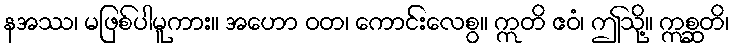
နအဿ၊ မဖြစ်ပါမူကား။ အဟော ဝတ၊ ကောင်းလေစွ။ ဣတိ ဧဝံ၊ ဤသို့။ ဣစ္ဆတိ၊